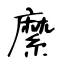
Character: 縻